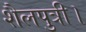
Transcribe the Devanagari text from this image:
शैलपुत्री।